Annual statistical returns and brief notes on vaccination in Bengal - 1909-1929
Year: 1909
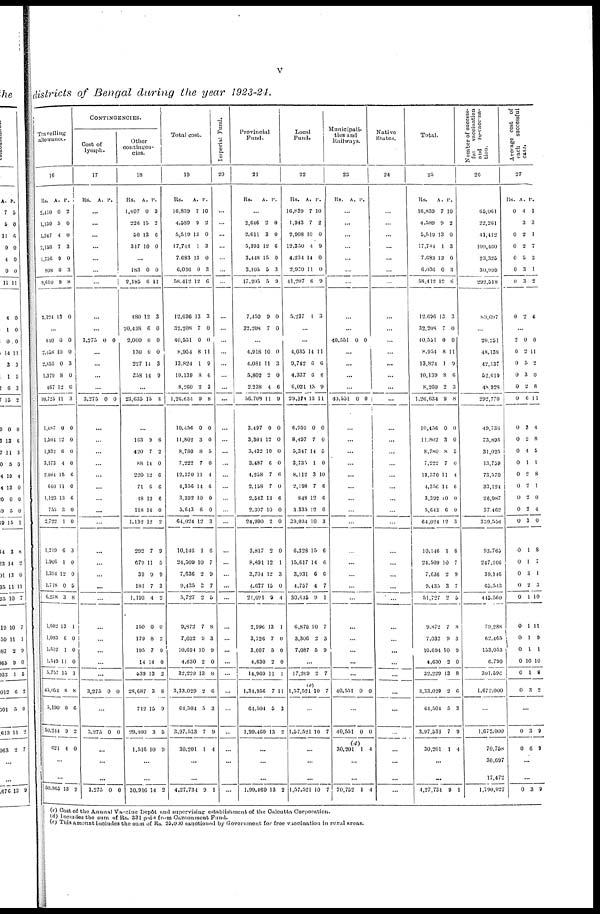
v
districts of Bengal during the year 1923-24.
Travelling
allowance.
16
Rs.
2,410
1,130
1,247
2,153
1,756
908
9,610
2,124
A.
0
5
4
7
9
0
9
13
P.
2
0
0
3
0
3
8
0
...
810
2,458
2,855
1,979
467
10,725
1,487
1,504
1,932
3,173
2,084
660
1,123
755
2,722
1,219
1,906
1,394
1,718
6,238
1,602
1,093
1,512
1,549
5,757
45,054
5,190
50,244
620
0
10
0
8
12
11
0
12
6
4
15
11
13
3
1
6
1
12
0
3
13
6
1
11
15
8
0
9
4
0
0
3
0
0
3
0
0
0
0
6
0
6
0
0
3
0
0
5
8
1
0
0
0
1
8
6
2
0
...
...
50,865 13 2
CONTINGENCIES.
Cost of
lymph.
17
Rs. A. P.
...
...
...
...
...
...
...
...
...
3,275 0 0
...
...
...
...
3,275 0 0
...
...
...
...
...
...
...
...
...
...
...
...
...
...
...
...
...
...
...
3,275 0 0
...
3,275 0 0
...
...
...
3,275 0 0
Other
contingen-
cies.
18
Rs.
1,407
226
50
317
A.
0
15
13
10
P.
3
2
6
0
...
183
2,185
480
20,438
2,000
130
227
358
0
6
12
6
0
0
14
14
0
11
3
0
0
0
3
9
...
23,635 15 3
...
163
420
88
220
71
48
118
1,132
292
679
39
181
1,193
150
179
195
14
538
28,687
712
29,400
1,516
9
7
14
12
6
12
14
12
7
11
9
7
4
0
8
7
14
13
3
15
3
10
6
2
0
6
6
6
0
2
9
5
9
3
2
0
2
0
0
2
8
9
5
9
...
...
30,016 14 2
Total cost.
19
Rs.
16,839
4,589
5,519
17,744
7,683
6,036
58,412
12,696
32,208
40,551
8,954
13,824
10,139
8,260
1,26,634
10,456
11,802
8,780
7,222
12,370
4,356
3,392
5,643
64,024
10,146
24,509
7,636
9,435
5,727
9,872
7,032
10,694
4,630
32,229
3,33,029
64,504
3,97,533
30,201
A.
7
0
13
1
13
0
12
13
7
0
8
1
3
2
9
0
3
8
7
11
14
10
6
12
1
10
2
3
2
7
9
10
2
13
2
5
7
1
P.
10
2
0
3
0
3
6
3
0
0
11
9
6
3
8
0
0
5
0
4
6
0
0
3
6
7
9
7
5
8
3
9
0
8
6
3
9
4
...
...
4,27,734 9 1
Imperial Fund.
20
...
...
...
...
...
...
...
...
...
...
...
...
...
...
...
...
...
...
...
...
...
...
...
...
...
...
...
...
...
...
...
...
...
...
...
...
...
...
...
...
...
Provincial
Fund.
21
RS.
A. P.
...
2,646
2,611
5,393
3,448
3,105
17,205
7,459
32,208
2
3
12
15
5
5
9
7
0
0
6
0
3
9
0
0
...
4,918
4,081
5,802
2,238
56,708
3,497
3,304
3,432
3,487
4,258
2,158
2,542
2,307
24,990
3,817
8,891
3,704
4,677
21,091
2,996
3,726
3,607
4,630
14,960
1,34,956
64,504
1,99,460
10
11
2
4
11
0
12
10
6
7
7
13
10
2
2
12
12
15
9
13
7
5
2
11
7
5
13
0
3
0
6
9
0
0
0
0
6
0
6
0
0
0
1
3
0
4
1
0
0
0
1
11
3
2
...
...
...
1,99,460 13 2
Local
Fund.
22
Rs.
16,839
1,943
2,908
12,350
4,234
2,930
41,207
5,237
A.
7
7
10
4
14
11
6
4
P.
10
2
0
9
0
0
9
3
...
...
4,035
9,742
4,337
6,021
29,371
6,959
8,497
5,347
3,735
8,112
2,198
843
3,335
39,034
6,328
15,617
3,931
4,757
30,635
6,875
3,306
7,087
14
6
6
13
13
0
7
14
1
3
7
12
12
10
15
14
6
4
9
10
2
5
11
6
6
9
11
0
0
5
0
10
6
6
0
3
6
6
6
7
1
7
3
9
...
17,269
(e)
1,57,521
2
10
7
7
...
1,57,521 10 7
...
...
...
1,57,521 10 7
Municipali-
ties and
Railways.
23
Rs. A. P.
...
...
...
...
...
...
...
...
...
40,551 0 0
...
...
...
...
40,551 0 0
...
...
...
...
...
...
...
...
...
...
...
...
...
...
...
...
...
...
...
40,551 0 0
...
40,551
(d)
30,201
0
1
0
4
...
...
70,752 1 4
Native
States.
24
...
...
...
...
...
...
...
...
...
...
...
...
...
...
...
...
...
...
...
...
...
...
...
...
...
...
...
...
...
...
...
...
...
...
...
...
...
...
...
...
...
Total.
25
Rs.
16,839
4,589
5,519
17,744
7,683
6,036
58,412
12,696
32,208
40,551
8,954
13,821
10,139
8,260
1,26,634
10,456
11,802
8,780
7,222
13,370
4,356
3,392
5,643
64,024
10,146
24,509
7,636
9,435
51,727
9,872
7,032
10,694
4,630
32,229
3,33,029
64,504
3,97,533
30,201
A.
7
9
13
1
13
0
12
13
7
0
8
1
8
2
9
0
3
8
7
11
14
10
6
12
1
10
2
3
2
7
9
10
2
13
2
5
7
1
P.
10
2
0
3
0
3
6
3
0
0
11
9
6
3
8
0
0
5
0
4
6
0
0
3
6
7
9
7
5
8
3
9
6
3
9
4
...
...
4,27,734 9 1
Number of success-
ful
vaccination
and re-vaccina-
tion.
26
65,061
22,261
41,412
109,460
23,325
30,999
292,518
89,697
...
20.251
48,138
42,137
52,619
48,928
292,770
49,736
73,893
31,025
13,759
73,570
33,124
26,987
37,462
339,556
93,765
247,106
39,146
65,543
445,560
79,288
62,465
153,053
6,790
301,596
1,672,000
...
1,672,000
70,758
30,697
17,472
1,790,927
Average cost of
pack
successful
case.
27
Rs.
0
0
0
0
0
0
0
A.
4
3
2
2
5
3
3
2
P.
1
3
1
7
3
1
2
6
...
2
0
0
0
0
0
0
0
0
0
0
0
0
0
0
0
0
0
0
0
0
0
0
0
0
0
0
2
5
3
2
6
3
2
4
1
2
2
2
2
3
1
1
3
2
1
1
1
1
10
1
3
0
11
2
0
8
11
4
8
5
1
8
1
0
4
0
8
7
1
3
10
11
9
1
10
8
2
...
0
0
3
6
9
9
...
...
0 3 9
(c) Cost of the Annual Vaccine Depôt and supervising establishment of the Calcutta Corporation.
(d) Includes the sum of Rs. 331 paid from Cantonment Fund.
(e) This amount includes the sum of Rs. 25,000 sanctioned by Government for free vaccination in rural areas.